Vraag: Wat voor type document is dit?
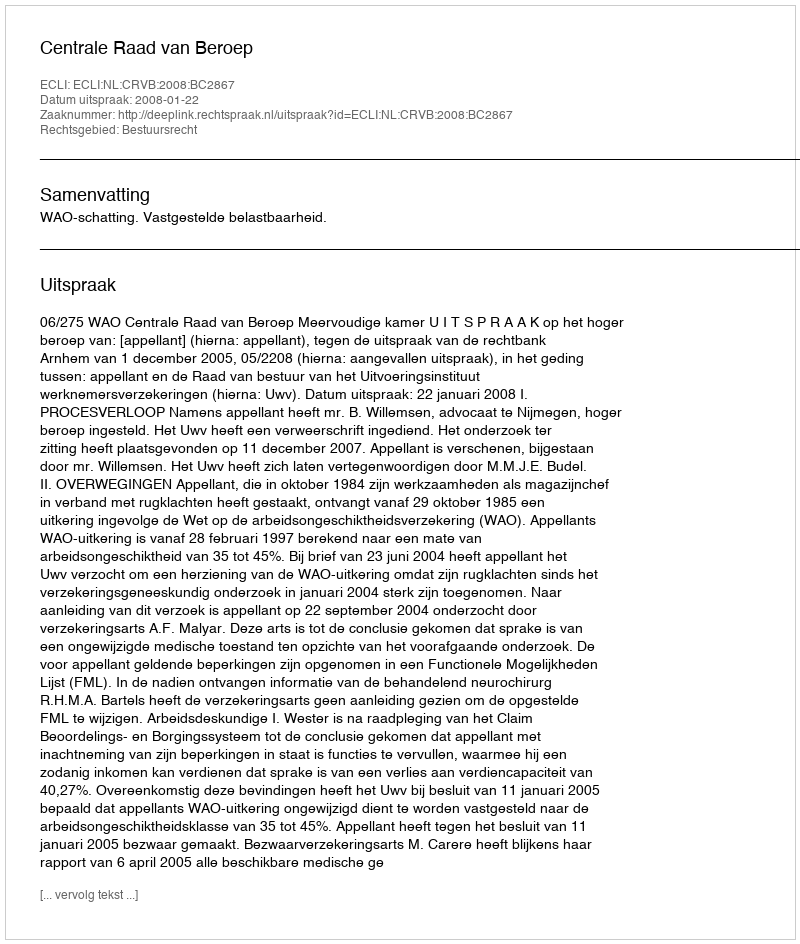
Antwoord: Uitspraak